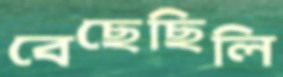
বেছেছিলি